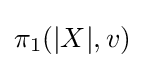
\pi _{1}(|X|,v)